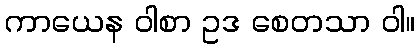
ကာယေန ဝါစာ ဥဒ စေတသာ ဝါ။